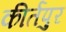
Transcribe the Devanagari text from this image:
कीर्तपुर